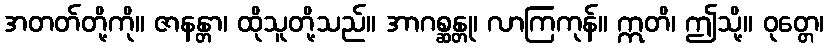
အတတ်တို့ကို။ ဇာနန္တာ၊ ထိုသူတို့သည်။ အာဂစ္ဆန္တု၊ လာကြကုန်။ ဣတိ၊ ဤသို့။ ဝုတ္တေ၊